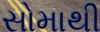
સોમાથી